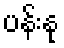
ပန်းနု